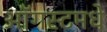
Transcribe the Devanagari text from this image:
ऑगस्टमधे